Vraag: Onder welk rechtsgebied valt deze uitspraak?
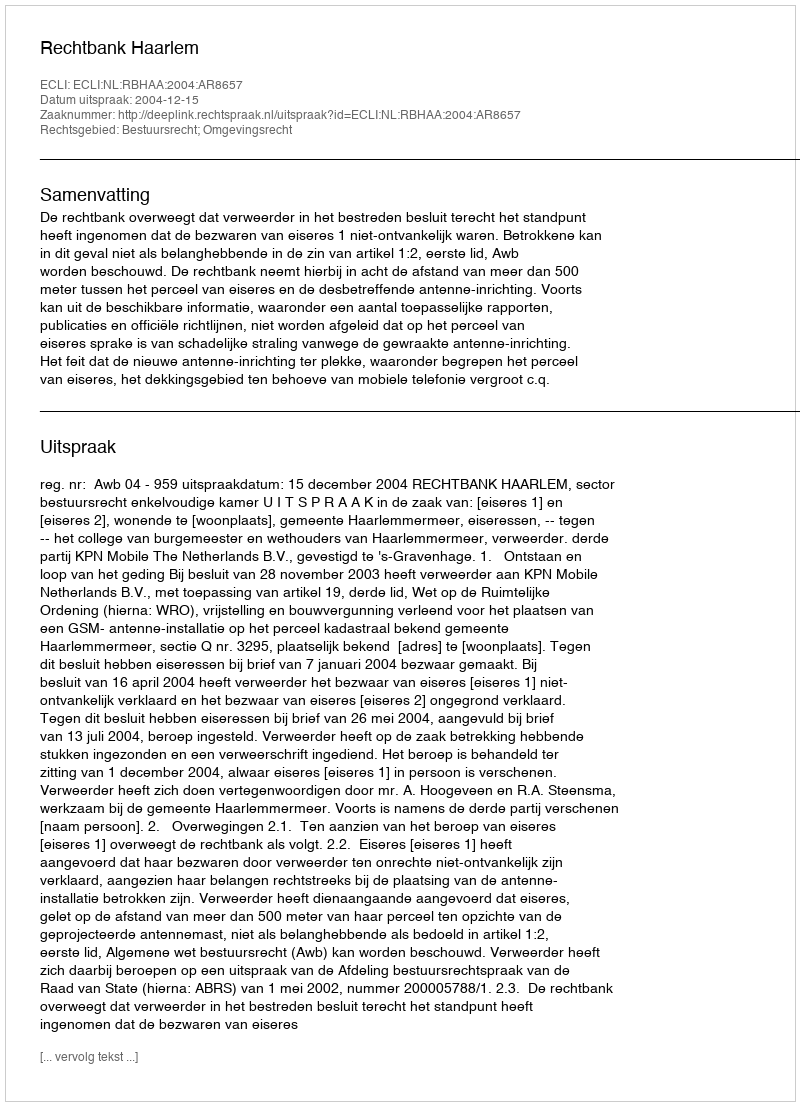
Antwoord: Bestuursrecht; Omgevingsrecht